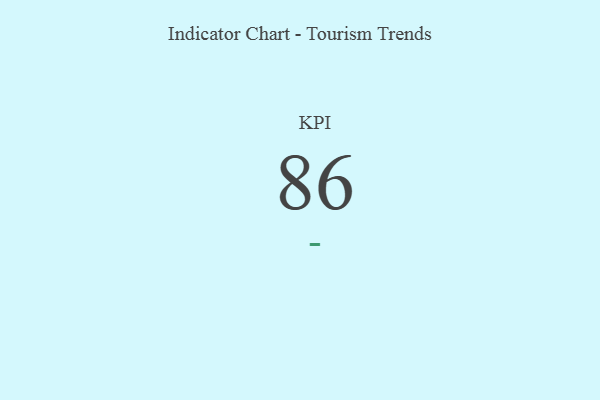
{"axis": {"x": "KPI", "y": "Value"}, "legend": [""], "data": [{"x": "KPI", "y": 86, "type": ""}]}